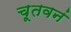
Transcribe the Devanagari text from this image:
चूतवनं